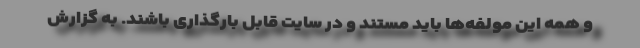
و همه این مولفه‌ها باید مستند و در سایت قابل بارگذاری باشند. به گزارش